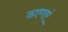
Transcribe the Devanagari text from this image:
ठाणएं